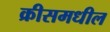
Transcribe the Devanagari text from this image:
क्रीसमधील